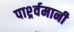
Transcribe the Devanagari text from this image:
पार्श्र्वमानी